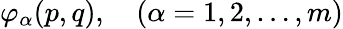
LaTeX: \varphi_{\alpha}(p,q),\quad(\alpha=1,2,\dots,m)